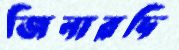
জিনারদি